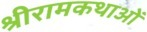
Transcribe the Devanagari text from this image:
श्रीरामकथाओं